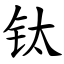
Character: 钛